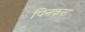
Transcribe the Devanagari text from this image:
पिनकस